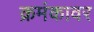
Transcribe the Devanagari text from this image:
क्रमंकावर